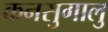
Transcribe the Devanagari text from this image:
कनसुगालु